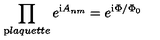
\prod _ { \mathrm p l a q u e t t e } e ^ { { \mathrm i } A _ { n m } } = e ^ { { \mathrm i } \Phi / \Phi _ { 0 } }